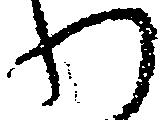
わ